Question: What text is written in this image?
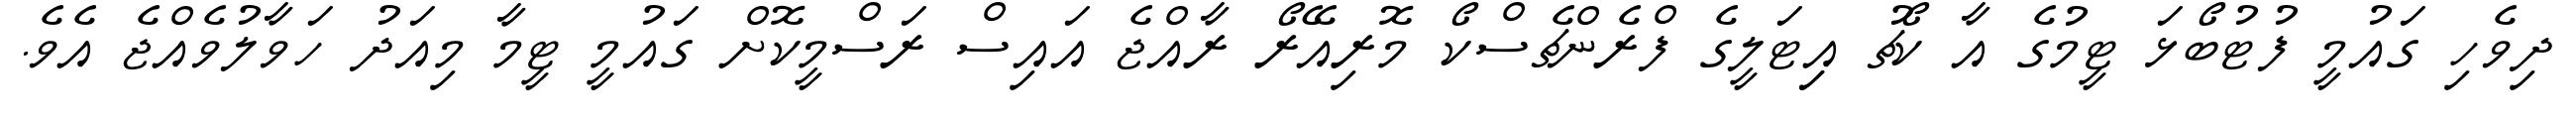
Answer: ދިވެހި ގައުމީ ފުޓުބޯޅަ ޓީމުގެ އާ ކޯޗު އިިޓަލީގެ ފްރެންޗެސްކޯ މޮރިއޭރޯ ރާއްޖެ އައިސް ރަސްމީކޮށް ގައުމީ ޓީމާ މިއަދު ހަވާލުވެއްޖެ އެވެ.